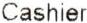
CASHIER